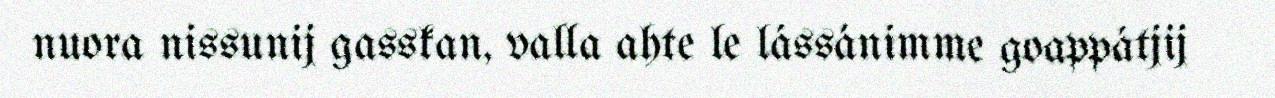
nuora nissunij gasskan, valla ahte le lássánimme goappátjij